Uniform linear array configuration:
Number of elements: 4
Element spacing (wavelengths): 0.5
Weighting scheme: exponential
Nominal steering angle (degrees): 45
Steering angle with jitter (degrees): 45.21
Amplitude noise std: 0.05
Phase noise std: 0.05

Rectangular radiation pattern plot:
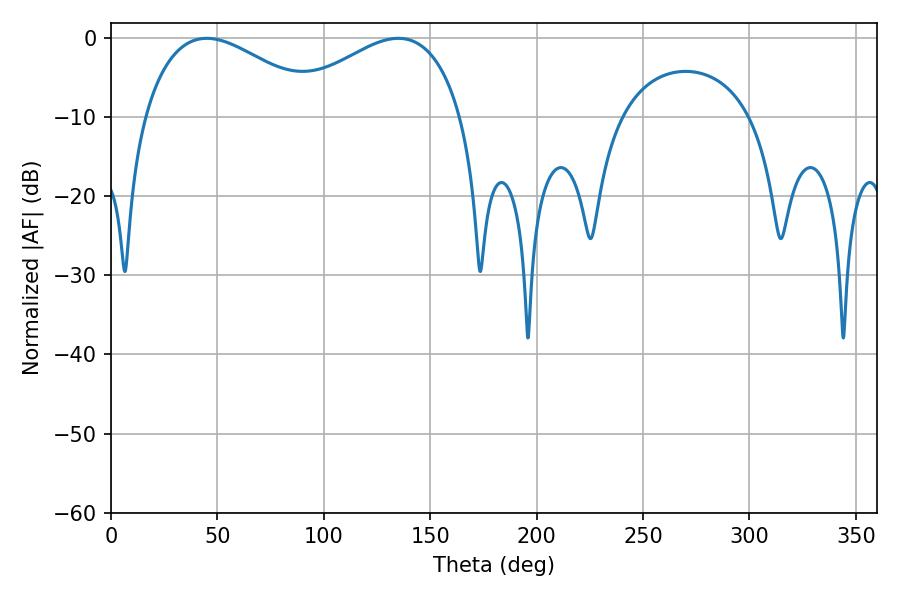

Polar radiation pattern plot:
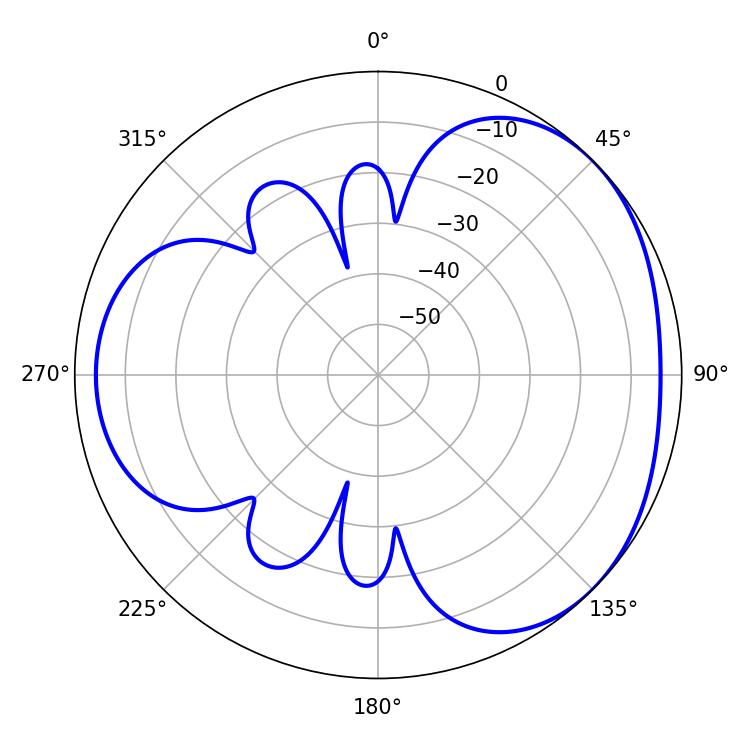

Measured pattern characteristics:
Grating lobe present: FALSE
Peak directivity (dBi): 3.285
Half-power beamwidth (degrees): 46.26
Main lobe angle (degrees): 135